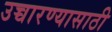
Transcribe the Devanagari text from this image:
उच्चारण्यासाठी